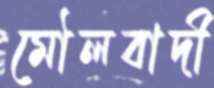
মৌলবাদী